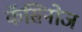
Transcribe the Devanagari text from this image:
कॅसिनोज